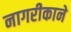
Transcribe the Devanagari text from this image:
नागरीकाने